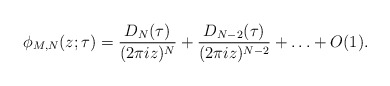
\begin{align*}\phi_{M,N}(z;\tau)=\frac{D_N(\tau)}{(2\pi iz)^N}+\frac{D_{N-2}(\tau)}{(2\pi iz)^{N-2}}+\ldots+O(1).\end{align*}